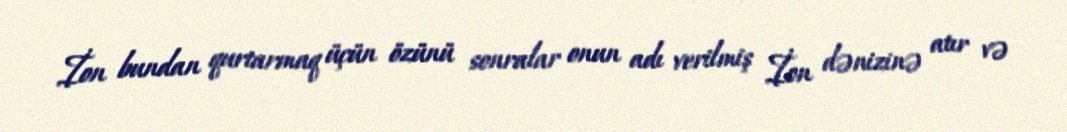
İon bundan qurtarmaq üçün özünü sonralar onun adı verilmiş İon dənizinə atır və